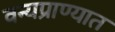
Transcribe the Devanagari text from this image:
वन्यप्राण्यात